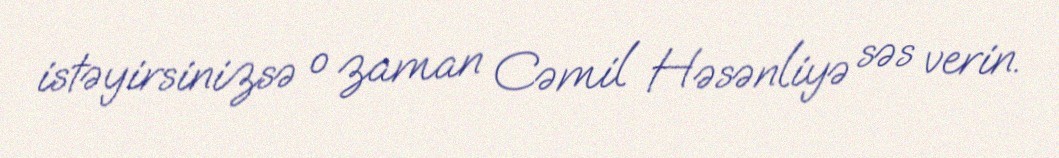
istəyirsinizsə o zaman Cəmil Həsənliyə səs verin.